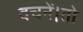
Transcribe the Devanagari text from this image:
वचनें।तो